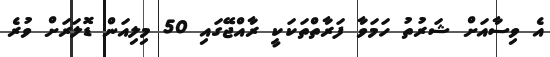
އެ ވިސާއަށް ޝަރުތު ހަމަވާ ފަރާތްތަކަކީ ރާއްޖޭގައި 50 މިލިއަން ޑޮލަރަށް ވުރެ